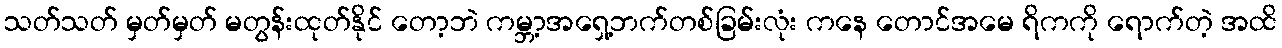
သတ်သတ် မှတ်မှတ် မတွန်းထုတ်နိုင် တော့ဘဲ ကမ္ဘာ့အရှေ့ဘက်တစ်ခြမ်းလုံး ကနေ တောင်အမေ ရိကကို ရောက်တဲ့ အထိ